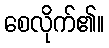
စေလိုက်၏။